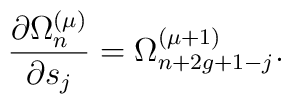
{\partial \Omega_n^{(\mu)}\over\partial s_j}=\Omega_{n+2g+1-j}^{(\mu+1)}.